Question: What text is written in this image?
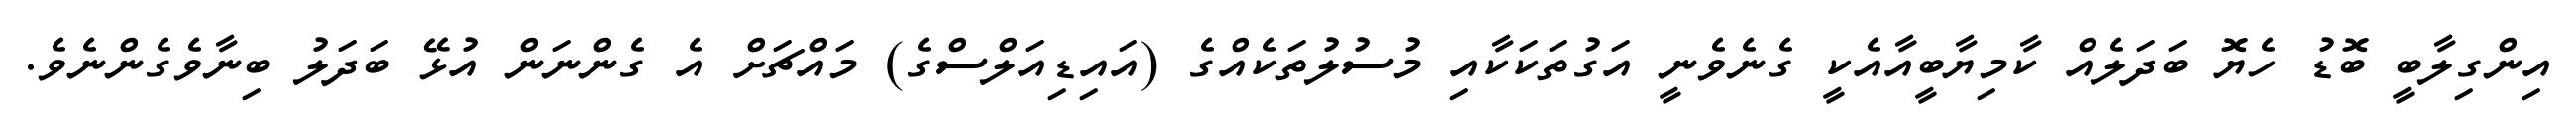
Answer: އިންގިލާބީ ބޮޑު ހެޔޮ ބަދަލެއް ކާމިޔާބީއާއެކީ ގެނެވެނީ އަގުތަކަކާއި މުސުލުތަކެއްގެ (އައިޑިއަލްސްގެ) މައްޗަށް އެ ގެންނަން އުޅޭ ބަދަލު ބިނާވެގެންނެވެ.